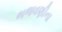
ભજવણીના